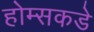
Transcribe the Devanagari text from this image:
होम्सकडे